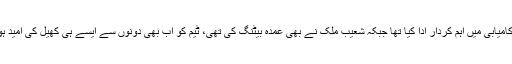
پہلے میچ میں جیت سے حوصلے کافی بلند ہوچکے، حفیظ کی آل راؤنڈ پرفارمنس نے کامیابی میں اہم کردار ادا کیا تھا جبکہ شعیب ملک نے بھی عمدہ بیٹنگ کی تھی، ٹیم کو اب بھی دونوں سے ایسے ہی کھیل کی امید ہوگی، لوئر آرڈر میں سرفراز احمد کی موجودگی بیٹنگ لائن کیلیے اعتماد کا باعث ہے ۔